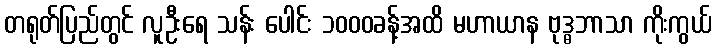
တရုတ်ပြည်တွင် လူဦးရေ သန်း ပေါင်း ၁၀၀၀ခန့်အထိ မဟာယာန ဗုဒ္ဓဘာသာ ကိုးကွယ်